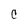
Character: C